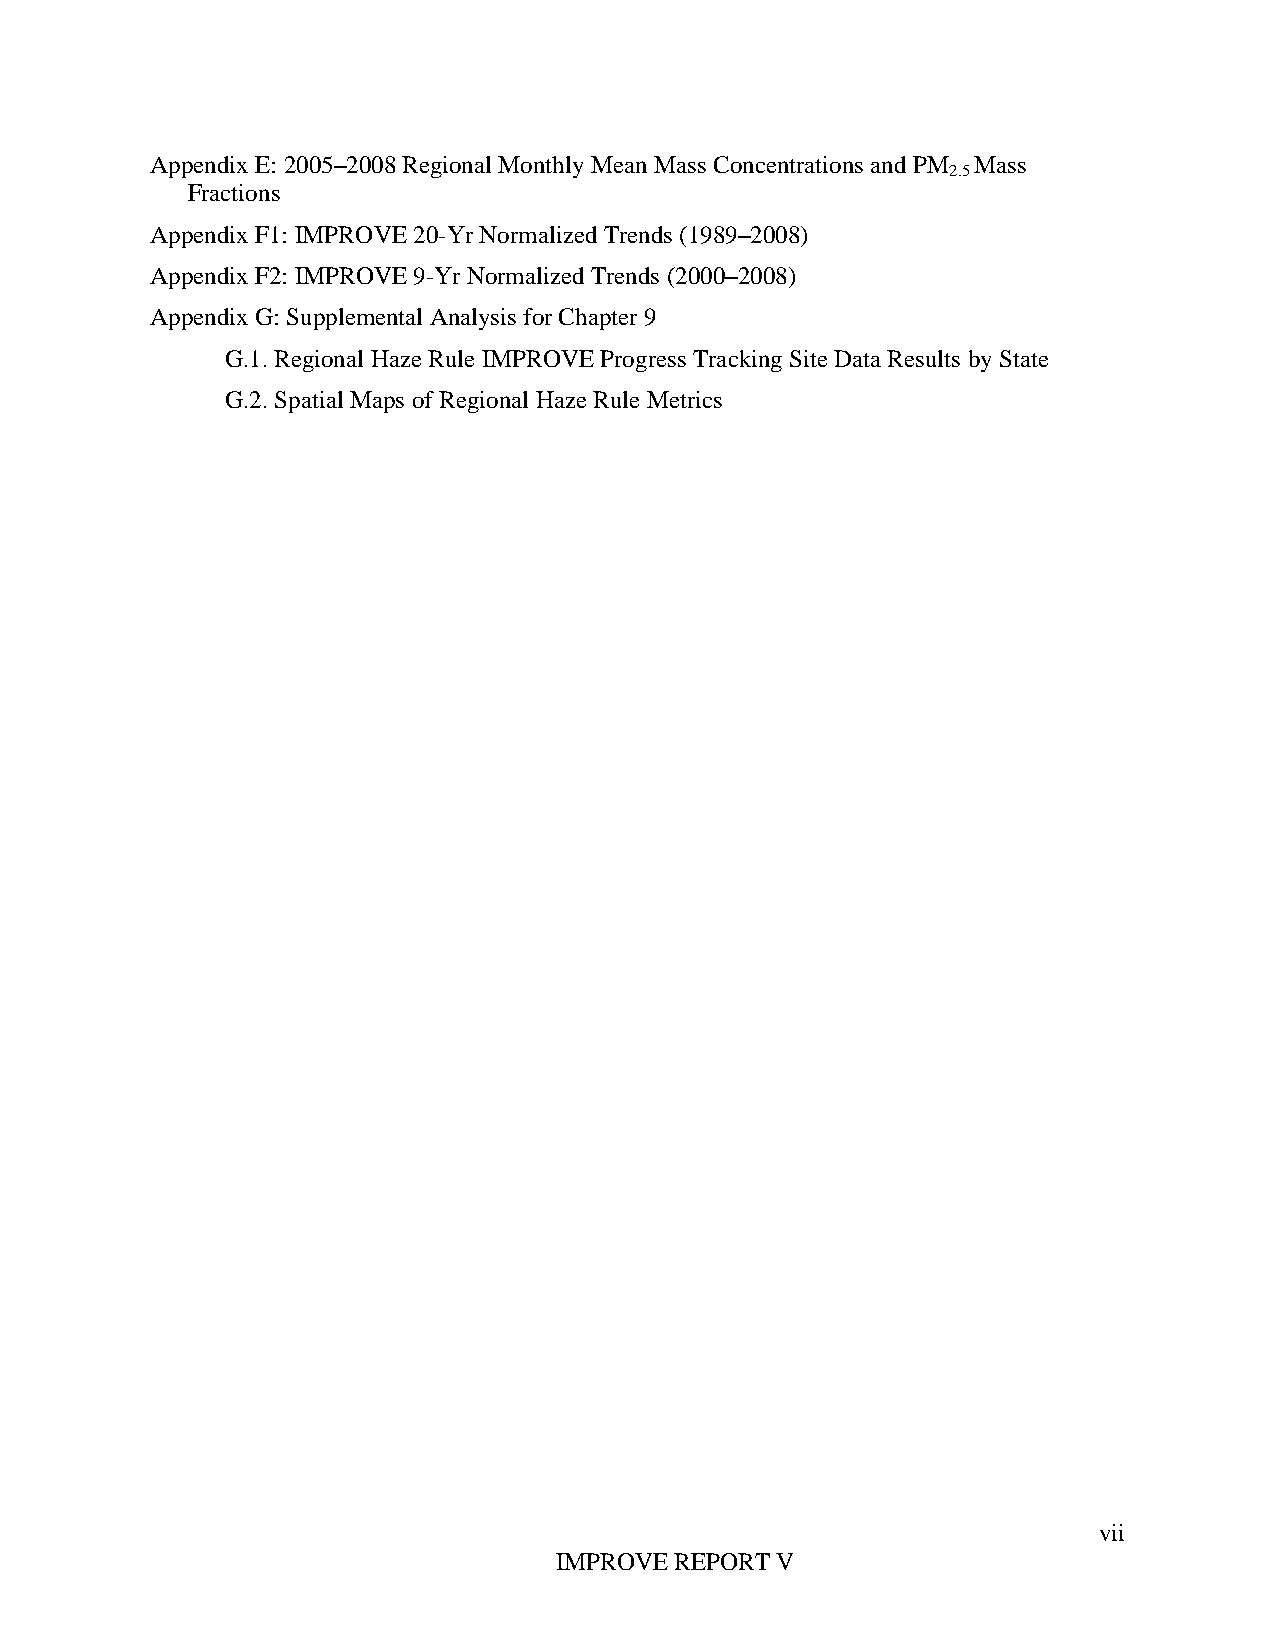
Appendix E: 2005–2008 Regional Monthly Mean Mass Concentrations and PM Mass
 2.5
 Fractions
 Appendix F1: IMPROVE 20-Yr Normalized Trends (1989–2008)
 Appendix F2: IMPROVE 9-Yr Normalized Trends (2000–2008)
 Appendix G: Supplemental Analysis for Chapter 9
 G.1. Regional Haze Rule IMPROVE Progress Tracking Site Data Results by State
 G.2. Spatial Maps of Regional Haze Rule Metrics
 vii
 IMPROVE REPORT V